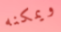
ويمكنه